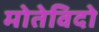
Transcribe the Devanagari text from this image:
मोतेविदो